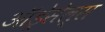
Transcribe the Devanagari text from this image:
ऑड्रेसेल्स